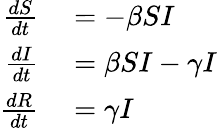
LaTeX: \begin{array}{rl}{{\frac{dS}{dt}}}&{{}=-\beta SI}\\ {{\frac{dI}{dt}}}&{{}=\beta SI-\gamma I}\\ {{\frac{dR}{dt}}}&{{}=\gamma I}\end{array}